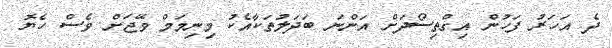
ދެ އަހަރު ފަހުން އިގްތިސޯދަށް އަންނަ ބަދަލުތަކާއެކު މިނިމަމް ވޭޖަށް ވެސް ހެޔޮ